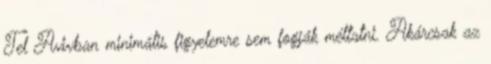
Tel Avivban minimális figyelemre sem fogják méltatni. Akárcsak az